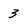
Character: 3